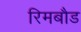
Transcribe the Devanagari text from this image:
रिमबौड